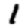
Digit: 1